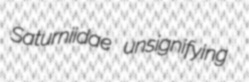
Saturniidae unsignifying